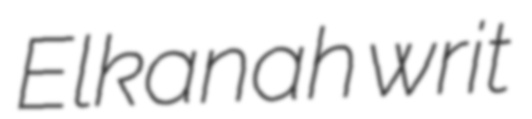
Elkanah writ